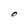
Character: O